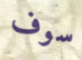
سوف